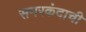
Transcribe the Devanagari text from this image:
समरकंदाची